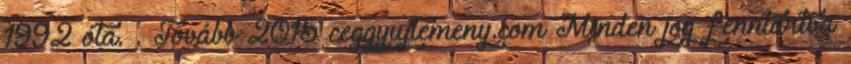
1992 óta. . Tovább 2015 ceggyujtemeny.com Minden jog fenntartva